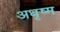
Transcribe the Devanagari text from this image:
अधृष्म